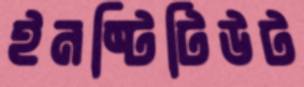
ইনষ্টিটিউট